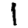
Digit: 1